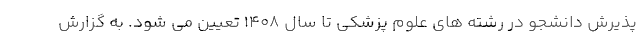
پذیرش دانشجو در رشته های علوم پزشکی تا سال ۱۴۰۸ تعیین می شود. به گزارش